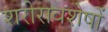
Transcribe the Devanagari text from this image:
शरीरावशेषों